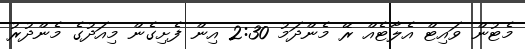
މެޓުން ވައިޓް އެލާޓެއް ރޭ މެންދަމު 2:30 އިން ފެށިގެން މިއަދުގެ މެންދުރު